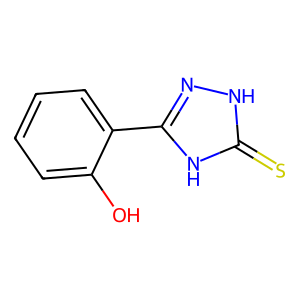
SMILES: Oc1ccccc1-c1n[nH]c(=S)[nH]1
Inhibits HIV replication: No